Vaccination United Provinces of Agra and Oudh 1923-1928 - 1923-1928
Year: 1923
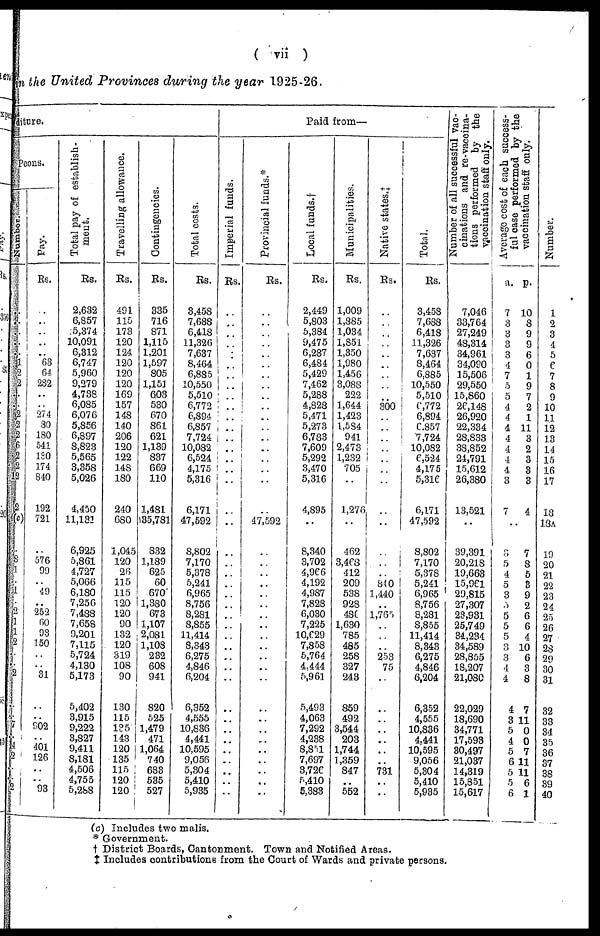
( vii )
the United Provinces during the year 1925-26.
ture.
Peons.
Pay.
Rs.
..
..
..
..
..
63
64
282
..
..
274
80
180
541
130
174
840
192
721
576
99
49
..
252
60 93
150
..
..
31
..
..
902
..
401
126
..
..
93
Total pay of establish-
ment.
Rs.
2,632
6,857
5,374
10,091
6,312
6,747
5,960
9,279
4,738
6,085
6,076
5,856
6,897
8,823
5,565
3,358
5,026
4,450
11,131
6,925
5,861
4,727
5,066
6,180
7,256
7,488
7,658
9,201
7,115
5,724
4,130
5,173
5,402
3,915
9,222
3,827
9,411
8,181
4,506
4,755
5,288
Travelling allowance.
Rs.
491
115
173
120
124
120
120
120
169
157
148
140
206
120
122
148
180
240
680
1,045
120
26
115
115
120
120
90
132
120
319
108
90
130
115
135
143
120
135
115
120
120
Contingencies.
Rs.
335
716
871
1,115
1,201
1,597
805
1,151
603
530
670
861
621
1,139
837
669
110
1,481
35,781
832
1,189
625
60
670
1,380
673
1,107
2,081
1,108
232
608
941
820
525
1,479
471
1,064
740
683
535
527
Total costs.
Rs.
3,458
7,688
6,418
11,326
7,637
8,464
6,885
10,550
5,510
6,772
6,894
6,857
7,724
10,082
6,524
4,175
5,316
6,171
47,592
8,802
7,170
5,378
5,241
6,965
8,756
8,281
8,855
11,414
8,343
6,275
4,846
6,204
6,352
4,555
10,836
4,441
10,595
9,056
5,304
5,410
5,935
Paid from—
Imperial funds.
Rs.
..
..
..
..
..
..
..
..
..
..
..
..
..
..
..
..
..
..
..
..
..
..
..
..
..
..
..
..
..
..
..
..
..
..
..
..
..
..
..
..
..
Provincial funds.*
Rs.
..
..
..
..
..
..
..
..
..
..
..
..
..
..
..
..
..
..
47,592
..
..
..
..
..
..
..
..
..
..
..
..
..
..
..
..
..
..
..
..
..
..
Local funds.†
Rs.
2,449
5,803
5,384
9,475
6,287
6,484
5,429
7,462
5,288
4,828
5,471
5,273
6,783
7,609
5,292
3,470
5,316
4,895
..
8,340
3,702
4,966
4,192
4,987
7,828
6,030
7,225
10,629
7,858
5,764
4,444
5,961
5,493
4,063
7,292
4,238
8,851
7,697
3,726
5,410
5,383
Municipalities.
Rs.
1,009
1,885
1,034
1,851
1,350
1,980
1,456
3,088
222
1,644
1,423
1,584
941
2,473
1,232
705
..
1,276
..
462
3,468
412
209
538
928
480
1,630
785
485
258
327
243
859
492
3,544
203
1,744
1,359
847
..
552
Native states.
Rs.
..
..
..
..
..
..
..
..
..
300
..
..
..
..
..
..
..
..
..
..
..
..
840
1,440
l,765
253
75
731
Total.
Rs.
3,458
7,688
6,418
11,326
7,637
8,464
6,885
10,550
5,510
6,772
6,894
6,857
7,724
10,082
6,524
4,175
5,316
6,171
47,592
8,802
7,170
5,378
5,241
6,965
8,756
8,281
8,855
11,414
8,343
6,275
4,846
6,204
6,352
4,555
10,836
4,441
10,595
9,056
5,304
5,410
5,935
Number of all successful vac-
cinations and re-vaccina-
tions performed by the
vaccination staff only.
7,046
33,764
27,249
48,314
34,961
34,090
15,506
29,550
15,860
26,148
26,920
22,334
28,833
38,852
24,791
15,612
26,380
13,521
..
39,391
20,218
19,663
15,961
29,815
27,307
23,931
25,749
34,234
34,589
28,855
18,207
21,080
22,029
18,690
34,771
17,593
30,497
21,037
14,319
15,851
15,617
Average cost of each success-
ful case performed by the
vaccination staff only.
a.
7
3
3
3
3
4
7
5
5
4
4
4
4
4
4
4
3
7
p.
10
8
9
9
6
0
1
9
7
2
1
11
3
2
3
3
3
4
..
3
5
4
5
3
5
5
5
5
3
3
4
4
4
3
5
4
5
6
5
5
6
7
8
5
3
9
2
6
6
4
10
6
3
8
7
11
0
0
7
11
11
6
1
Number.
1
2
3
4
5
6
7
8
9
10
11
12
13
14
15
16
17
18
18A
19
20
21
22
23
24
25
26
27
28
29
30
31
32
33
34
35
36
37
38
39
40
(c) Includes two malis.
* Government.
† District Boards, Cantonment. Town and Notified Areas.
‡ Includes contributions from the Court of Wards and private persons.